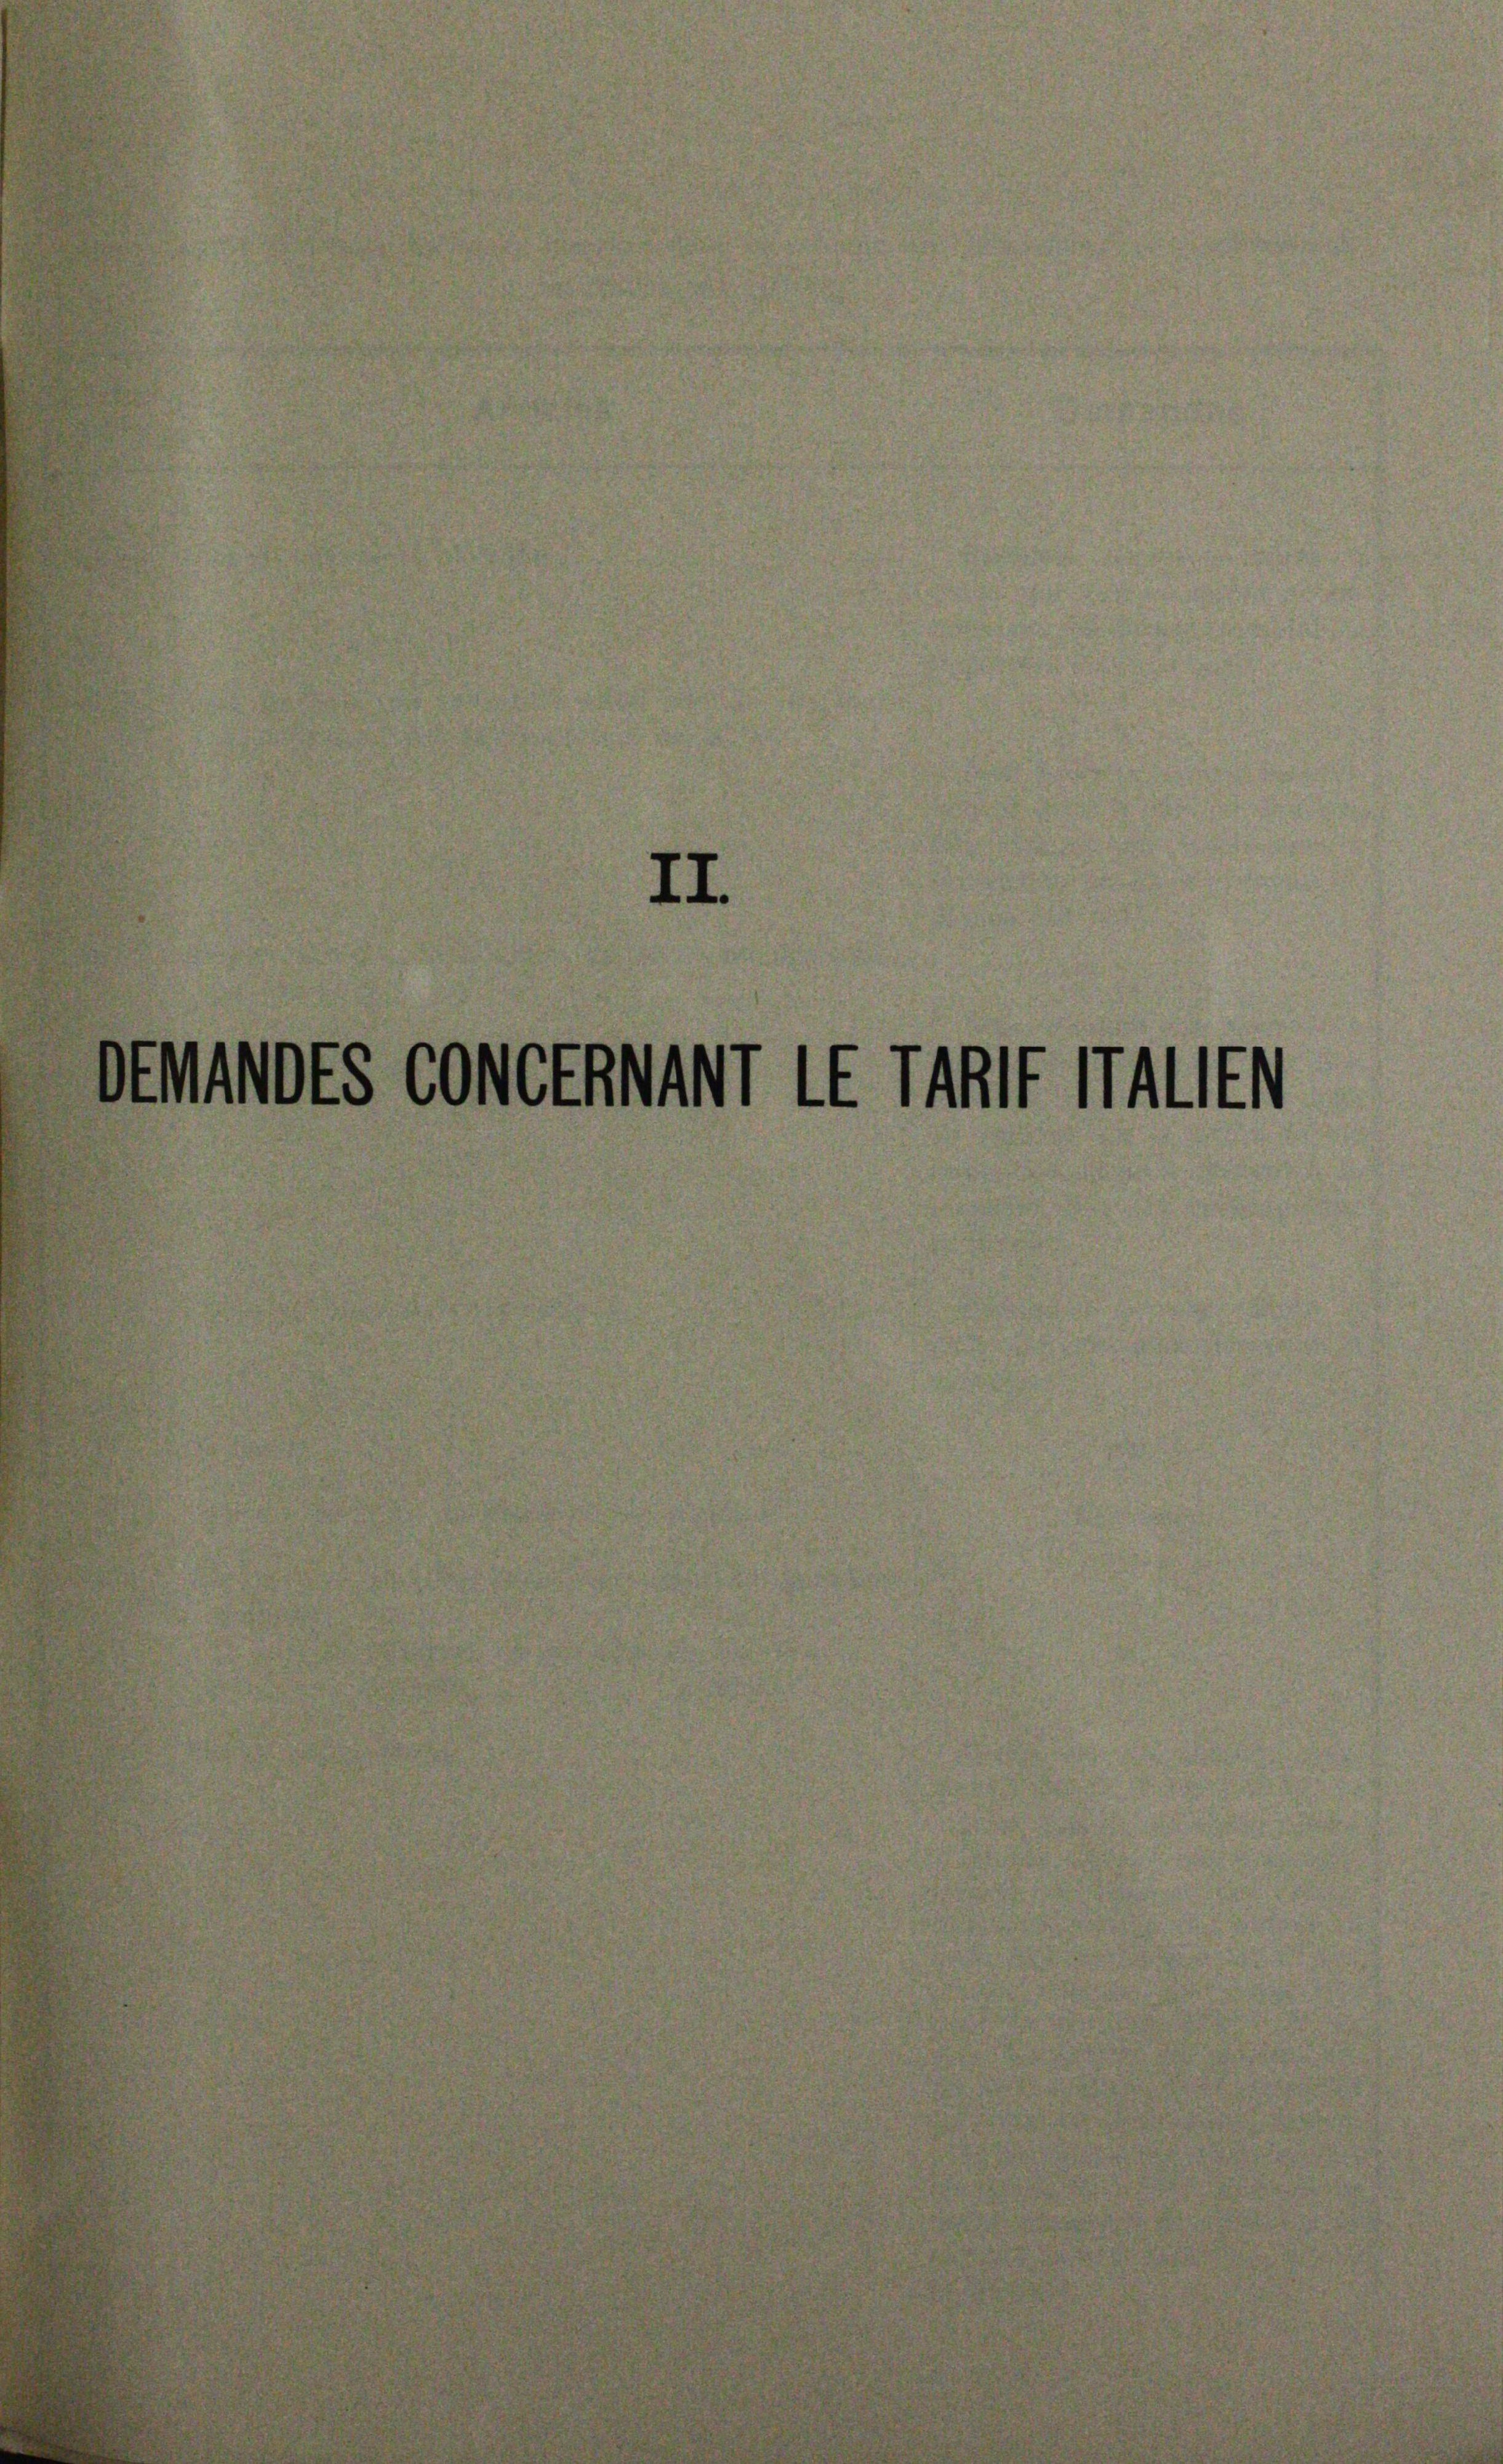
d

II.

MDES CONGENT EE TA MALEN